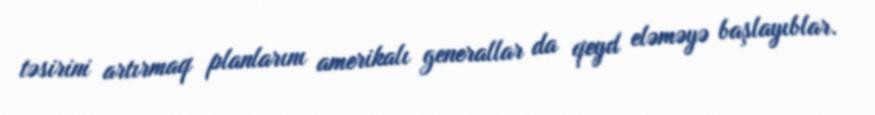
təsirini artırmaq planlarını amerikalı generallar da qeyd eləməyə başlayıblar.